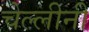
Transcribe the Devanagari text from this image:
चेल्लीनी